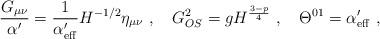
LaTeX: \begin{align*}\frac{G_{\mu\nu}}{\alpha'}=\frac{1}{\alpha'_{\rm eff}}H^{-1/2}\eta_{\mu\nu}\ ,\quad G^{2}_{OS}=gH^{\frac{3-p}{4}}\ ,\quad \Theta^{01}=\alpha'_{\rm eff}\ ,\end{align*}